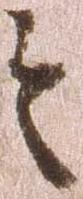
之